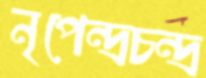
নৃপেন্দ্রচন্দ্র